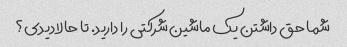
شما حق داشتن یک ماشین شرکتی را دارید. تا حالا دیدی؟